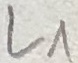
Text: L1